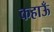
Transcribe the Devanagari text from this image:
कहाऊँ